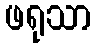
ဖရုသာ